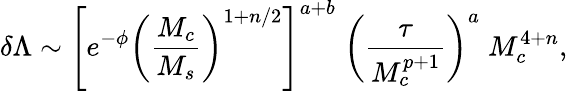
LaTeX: \delta\Lambda\sim\left[e^{-\phi}\left({\frac{M_{c}}{M_{s}}}\right)^{1+n/2}\right]^{a+b}\; \left({\frac{\tau}{M_{c}^{p+1}}}\right)^{a}\; M_{c}^{4+n},